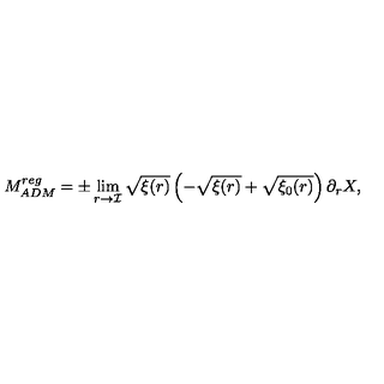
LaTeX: M _ { A D M } ^ { r e g } = \pm \lim _ { r \rightarrow { \mathcal { I } } } \sqrt { \xi ( r ) } \left( - \sqrt { \xi ( r ) } + \sqrt { \xi _ { 0 } ( r ) } \right) \partial _ { r } X ,